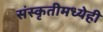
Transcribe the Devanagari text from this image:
संस्कृतीमध्येही